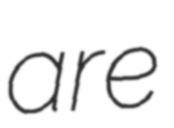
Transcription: are